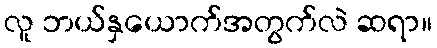
လူ ဘယ်နှယောက်အတွက်လဲ ဆရာ။